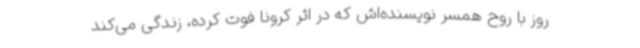
روز با روح همسر نویسنده‌اش که در اثر کرونا فوت کرده، زندگی می‌کند